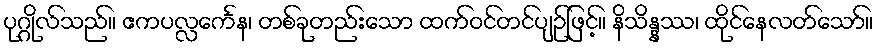
ပုဂ္ဂိုလ်သည်။ ဧကပလ္လင်္ကေန၊ တစ်ခုတည်းသော ထက်ဝင်တင်ပျဉ်ဖြင့်။ နိသိန္နဿ၊ ထိုင်နေလတ်သော်။